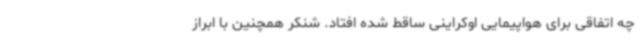
چه اتفاقی برای هواپیمایی اوکراینی ساقط شده افتاد. شنکر همچنین با ابراز